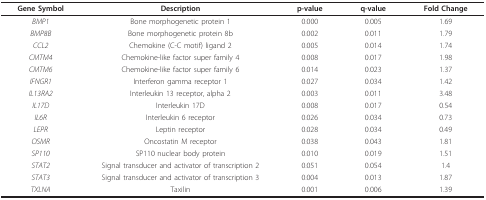
<table><thead><tr><td><b>Gene Symbol</b></td><td><b>Description</b></td><td><b>p-value</b></td><td><b>q-value</b></td><td><b>Fold Change</b></td></tr></thead><tbody><tr><td><i>BMP1</i></td><td>Bone morphogenetic protein 1</td><td>0.000</td><td>0.005</td><td>1.69</td></tr><tr><td><i>BMP8B</i></td><td>Bone morphogenetic protein 8b</td><td>0.002</td><td>0.011</td><td>1.79</td></tr><tr><td><i>CCL2</i></td><td>Chemokine (C-C motif) ligand 2</td><td>0.005</td><td>0.014</td><td>1.74</td></tr><tr><td><i>CMTM4</i></td><td>Chemokine-like factor super family 4</td><td>0.008</td><td>0.017</td><td>1.98</td></tr><tr><td><i>CMTM6</i></td><td>Chemokine-like factor super family 6</td><td>0.014</td><td>0.023</td><td>1.37</td></tr><tr><td><i>IFNGR1</i></td><td>Interferon gamma receptor 1</td><td>0.027</td><td>0.034</td><td>1.42</td></tr><tr><td><i>IL13RA2</i></td><td>Interleukin 13 receptor, alpha 2</td><td>0.003</td><td>0.011</td><td>3.48</td></tr><tr><td><i>IL17D</i></td><td>Interleukin 17D</td><td>0.008</td><td>0.017</td><td>0.54</td></tr><tr><td><i>IL6R</i></td><td>Interleukin 6 receptor</td><td>0.026</td><td>0.034</td><td>0.73</td></tr><tr><td><i>LEPR</i></td><td>Leptin receptor</td><td>0.028</td><td>0.034</td><td>0.49</td></tr><tr><td><i>OSMR</i></td><td>Oncostatin M receptor</td><td>0.038</td><td>0.043</td><td>1.81</td></tr><tr><td><i>SP110</i></td><td>SP110 nuclear body protein</td><td>0.010</td><td>0.019</td><td>1.51</td></tr><tr><td><i>STAT2</i></td><td>Signal transducer and activator of transcription 2</td><td>0.051</td><td>0.054</td><td>1.4</td></tr><tr><td><i>STAT3</i></td><td>Signal transducer and activator of transcription 3</td><td>0.004</td><td>0.013</td><td>1.87</td></tr><tr><td><i>TXLNA</i></td><td>Taxilin</td><td>0.001</td><td>0.006</td><td>1.39</td></tr></tbody></table>